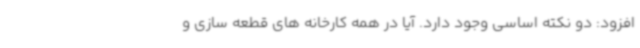
افزود: دو نکته اساسی وجود دارد. آیا در همه کارخانه های قطعه سازی و